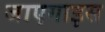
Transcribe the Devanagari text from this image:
जाएगाइस